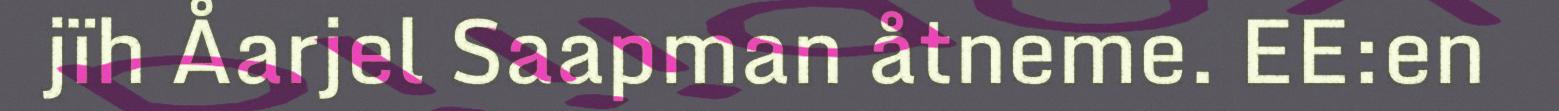
jïh Åarjel Saapman åtneme. EE:en